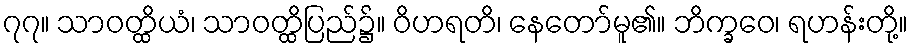
၇၇။ သာဝတ္ထိယံ၊ သာဝတ္ထိပြည်၌။ ဝိဟရတိ၊ နေတော်မူ၏။ ဘိက္ခဝေ၊ ရဟန်းတို့။